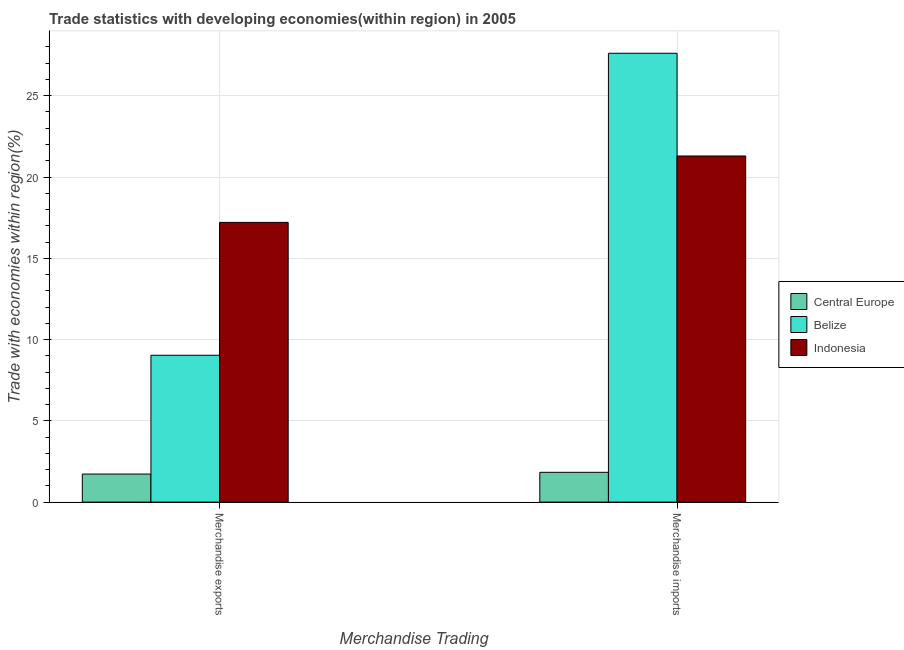
| Merchandise Trading | Central Europe | Belize | Indonesia |
 | --- | --- | --- | --- |
 | Merchandise exports | 1.73 | 9.03 | 17.2 |
 | Merchandise imports | 1.83 | 27.6 | 21.3 |